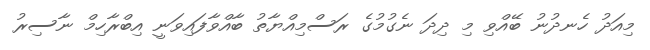
މިއަދު ހެނދުނު ބޭއްވި މި ދިދަ ނެގުމުގެ ރަސްމިއްޔާތު ބާއްވާފައިވަނީ އިބްރާހިމް ނާސިރު